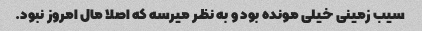
سیب زمینی خیلی مونده بود و به نظر میرسه که اصلا مال امروز نبود.